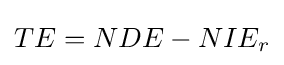
TE=NDE-NIE_{r}